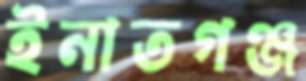
ইনাতগঞ্জ